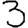
Digit: 3